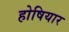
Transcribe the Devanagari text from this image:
होषियार